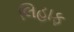
લિહાફ